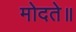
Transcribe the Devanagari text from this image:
मोदते॥